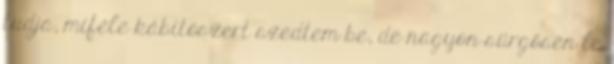
tudja, miféle kábítószert szedtem be, de nagyon sürgősen le